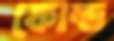
ফোল্ড